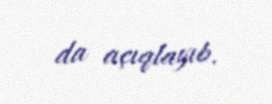
da açıqlayıb.